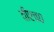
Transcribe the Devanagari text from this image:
वीएच०